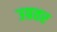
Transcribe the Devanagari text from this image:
उग्रतर